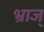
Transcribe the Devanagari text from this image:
भ्राज्